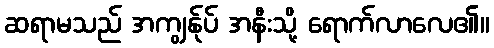
ဆရာမသည် အကျွန်ုပ် အနီးသို့ ရောက်လာလေ၏။